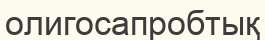
олигосапробтық